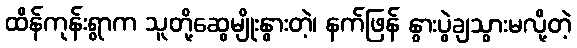
ထိန်ကုန်းရွာက သူတို့ဆွေမျိုးနွားတဲ့၊ နက်ဖြန် နွားပွဲချသွားမလို့တဲ့